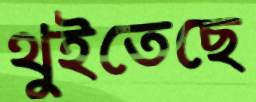
থুইতেছে